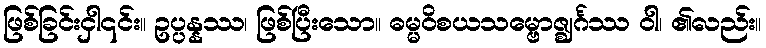
ဖြစ်ခြင်းငှါ၎င်း။ ဥပ္ပန္နဿ၊ ဖြစ်ပြီးသော။ ဓမ္မဝိစယသမ္ဗောဇ္ဈင်္ဂဿ ဝါ၊ ၏လည်း။